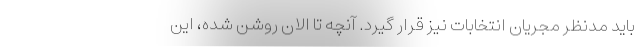
باید مدنظر مجریان انتخابات نیز قرار گیرد. آنچه تا الان روشن شده، این